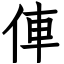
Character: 俥